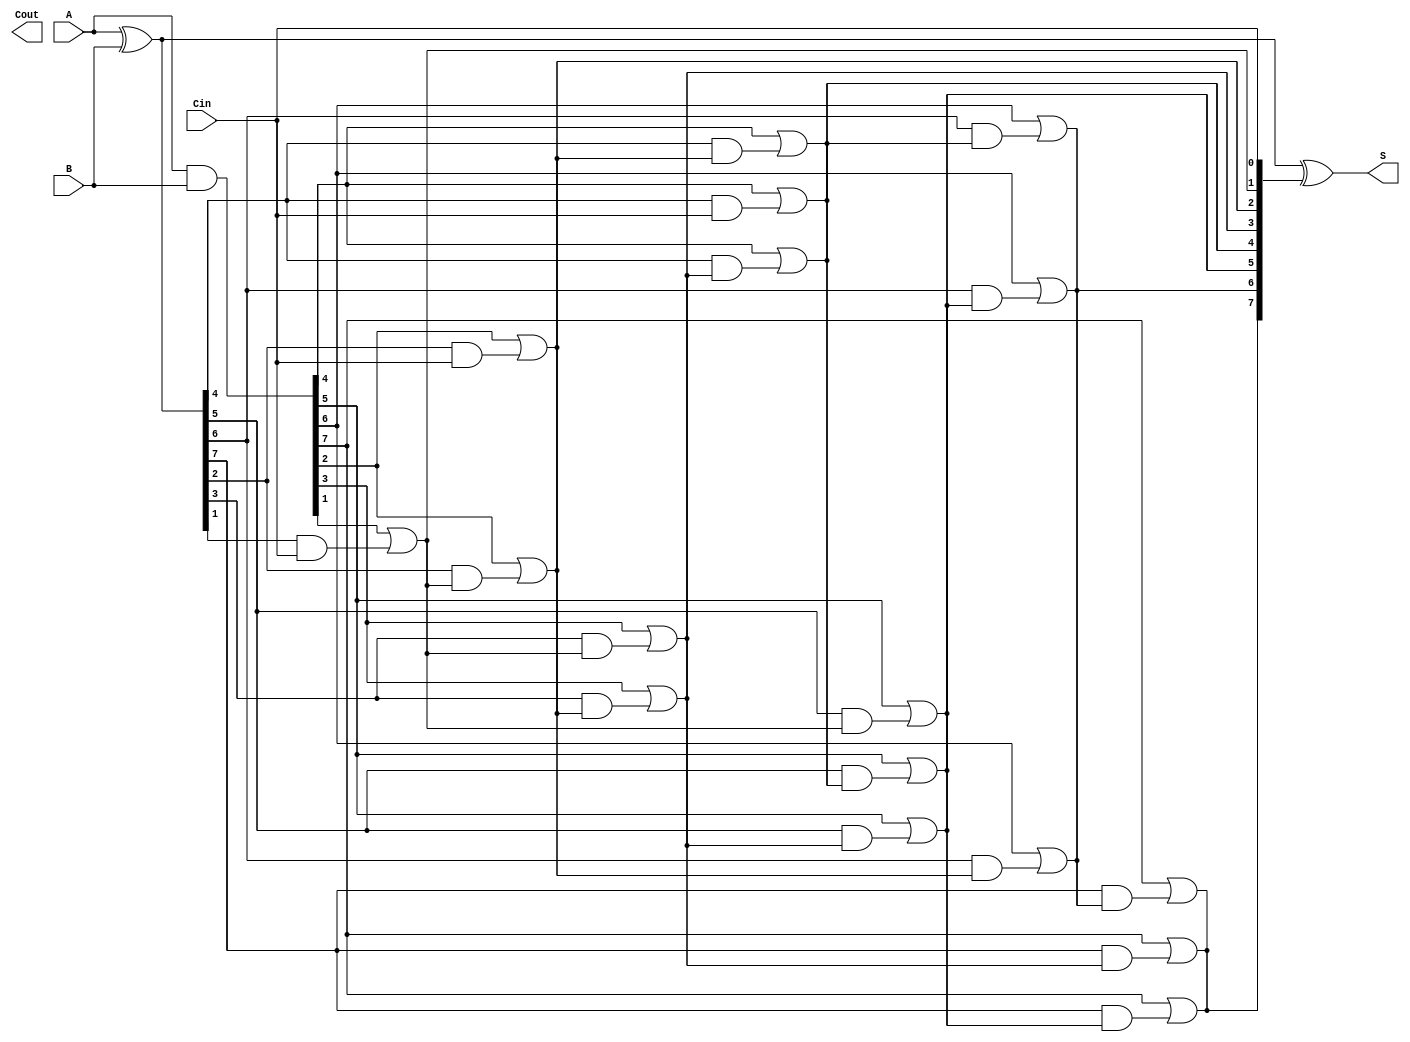
module KoggeStoneAdder #(parameter n = 8) (
    input [n-1:0] A,
    input [n-1:0] B,
    input Cin,
    output [n-1:0] S,
    output Cout
);

    // Generate and Propagate signals
    wire [n-1:0] G; // Generate
    wire [n-1:0] P; // Propagate
    wire [n:0] C;   // Carry

    // Generate and Propagate calculations
    assign G = A & B;         // G[i] = A[i] & B[i]
    assign P = A ^ B;         // P[i] = A[i] ^ B[i]
    
    // Carry initialization
    assign C[0] = Cin;        // C[0] = Cin

    // Kogge-Stone Carry Generation
    genvar i, j;
    generate
        for (j = 0; j < $clog2(n); j = j + 1) begin : carry_stage
            for (i = 0; i < n; i = i + 1) begin : carry_gen
                if (i >= (1 << j)) begin
                    assign C[i] = G[i] | (P[i] & C[i - (1 << j)]);
                end
            end
        end
    endgenerate

    // Sum calculation
    assign S = P ^ C[n-1:0]; // S[i] = P[i] ^ C[i]

    // Carry out
    assign Cout = C[n]; // Cout = C[n]

endmodule